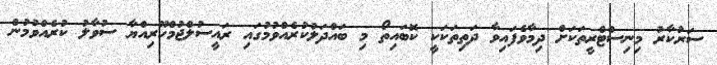
ސަރުކާރު މިނިސްޓްރީތަކަށް ދިމާވެފައިވާ ދަތިތަކަކީ ކޮބައިތޯ މި ބައްދަލުކުރެއްވުމުގައި ރައީސުލްޖުމްހޫރިއްޔާ ސުވާލު ކުރެއްވުމުން